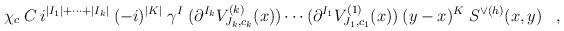
LaTeX: \begin{align*}\chi_c \:C\:i^{|I_1|+\cdots+|I_k|} \:(-i)^{|K|} \;\gamma^I\;(\partial^{I_k} V^{(k)}_{J_k, c_k}(x)) \cdots(\partial^{I_1} V^{(1)}_{J_1, c_1}(x))\:(y-x)^K \;S^{\vee (h)}(x,y) \;\;\; , \end{align*}